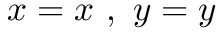
x = x \ , \ y = y